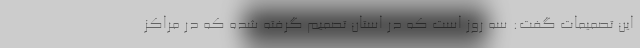
این تصمیمات گفت: سه روز است که در استان تصمیم گرفته شده که در مراکز